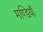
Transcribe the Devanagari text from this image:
मण्डियाँ